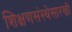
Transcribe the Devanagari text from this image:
शिक्षणसंस्थेसारखी